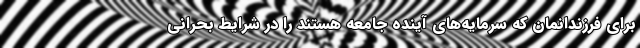
برای فرزندانمان که سرمایه‌های آینده جامعه هستند را در شرایط بحرانی